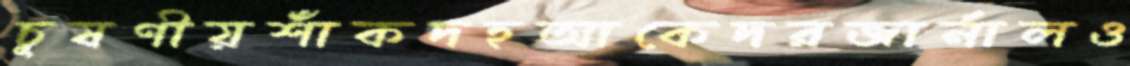
চূষণীয়শাঁকদহআকেদরজার্নালও